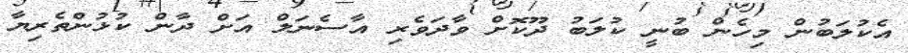
އެކުލަބުން މިހެން ބުނީ ކުލަބު ދޫކޮށް ވާދަވެރި އާސެނަލް އަށް ދާން ކުޅުންތެރިޔާ